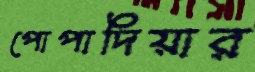
পোপাদিয়ার